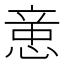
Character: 𰑻